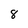
Character: 8